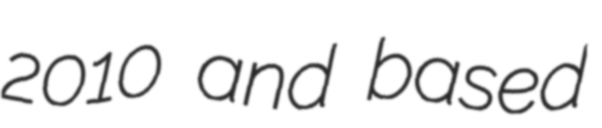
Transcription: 2010 and based